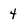
Character: 4